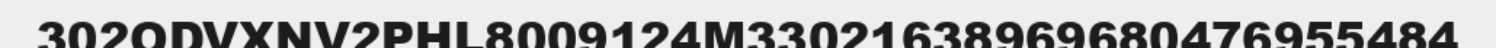
302ODVXNV2PHL8009124M33021638969680476955484